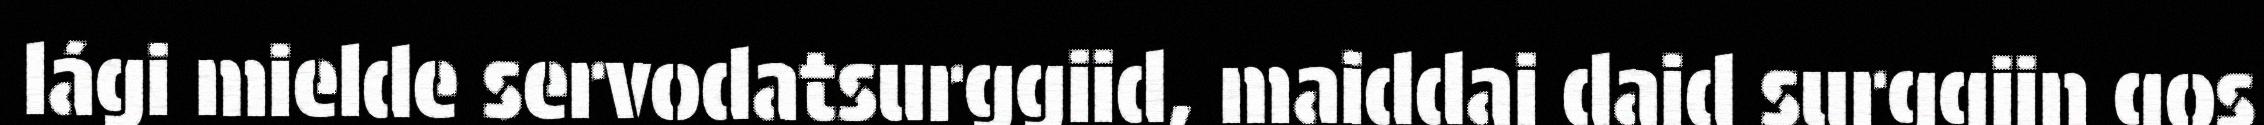
lági mielde servodatsurggiid, maiddai daid surggiin gos